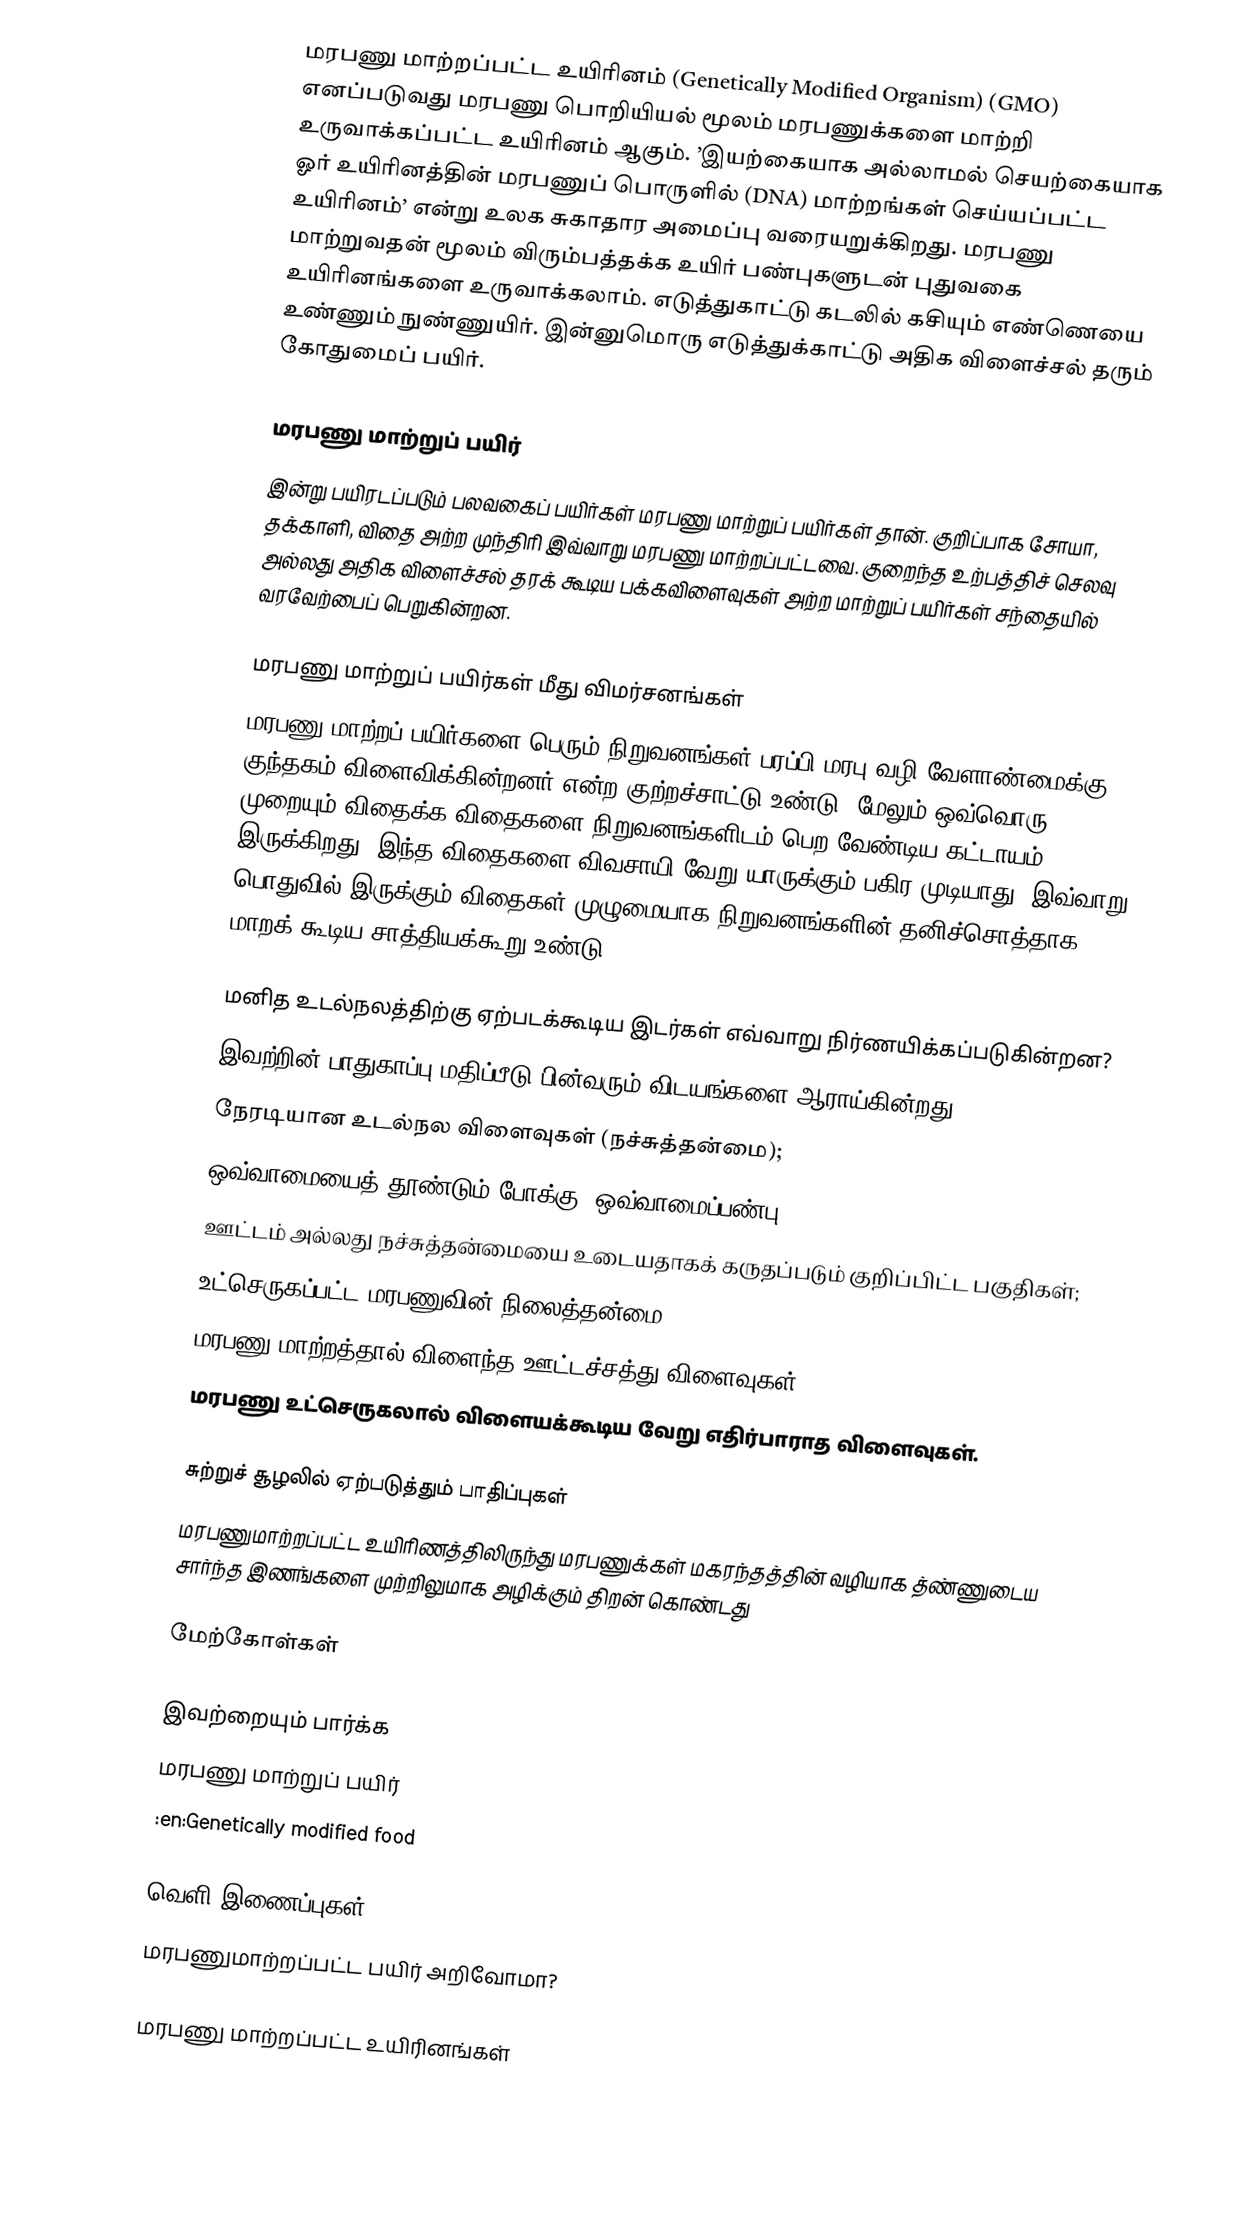
மரபணு மாற்றப்பட்ட உயிரினம் (Genetically Modified Organism) (GMO) எனப்படுவது மரபணு பொறியியல் மூலம் மரபணுக்களை மாற்றி உருவாக்கப்பட்ட உயிரினம் ஆகும். ’இயற்கையாக அல்லாமல் செயற்கையாக ஓர் உயிரினத்தின் மரபணுப் பொருளில் (DNA) மாற்றங்கள் செய்யப்பட்ட உயிரினம்’ என்று உலக சுகாதார அமைப்பு வரையறுக்கிறது. மரபணு மாற்றுவதன் மூலம் விரும்பத்தக்க உயிர் பண்புகளுடன் புதுவகை உயிரினங்களை உருவாக்கலாம். எடுத்துகாட்டு கடலில் கசியும் எண்ணெயை உண்ணும் நுண்ணுயிர். இன்னுமொரு எடுத்துக்காட்டு அதிக விளைச்சல் தரும் கோதுமைப் பயிர்.

மரபணு மாற்றுப் பயிர்
இன்று பயிரடப்படும் பலவகைப் பயிர்கள் மரபணு மாற்றுப் பயிர்கள் தான். குறிப்பாக சோயா, தக்காளி, விதை அற்ற முந்திரி இவ்வாறு மரபணு மாற்றப்பட்டவை. குறைந்த உற்பத்திச் செலவு அல்லது அதிக விளைச்சல் தரக் கூடிய பக்கவிளைவுகள் அற்ற மாற்றுப் பயிர்கள் சந்தையில் வரவேற்பைப் பெறுகின்றன.

மரபணு மாற்றுப் பயிர்கள் மீது விமர்சனங்கள்
மரபணு மாற்றப் பயிர்களை பெரும் நிறுவனங்கள் பரப்பி மரபு வழி வேளாண்மைக்கு குந்தகம் விளைவிக்கின்றனர் என்ற குற்றச்சாட்டு உண்டு. மேலும் ஒவ்வொரு முறையும் விதைக்க விதைகளை நிறுவனங்களிடம் பெற வேண்டிய கட்டாயம் இருக்கிறது. இந்த விதைகளை விவசாயி வேறு யாருக்கும் பகிர முடியாது. இவ்வாறு பொதுவில் இருக்கும் விதைகள் முழுமையாக நிறுவனங்களின் தனிச்சொத்தாக மாறக் கூடிய சாத்தியக்கூறு உண்டு.

மனித உடல்நலத்திற்கு ஏற்படக்கூடிய இடர்கள் எவ்வாறு நிர்ணயிக்கப்படுகின்றன?
இவற்றின் பாதுகாப்பு மதிப்பீடு பின்வரும் விடயங்களை ஆராய்கின்றது:
 நேரடியான உடல்நல விளைவுகள் (நச்சுத்தன்மை);
 ஒவ்வாமையைத் தூண்டும் போக்கு (ஒவ்வாமைப்பண்பு);
 ஊட்டம் அல்லது நச்சுத்தன்மையை உடையதாகக் கருதப்படும் குறிப்பிட்ட பகுதிகள்;
 உட்செருகப்பட்ட மரபணுவின் நிலைத்தன்மை;
 மரபணு மாற்றத்தால் விளைந்த ஊட்டச்சத்து விளைவுகள்;
 மரபணு உட்செருகலால் விளையக்கூடிய வேறு எதிர்பாராத விளைவுகள்.

சுற்றுச் சூழலில் ஏற்படுத்தும் பாதிப்புகள்
 மரபணுமாற்றப்பட்ட உயிரிணத்திலிருந்து மரபணுக்கள் மகரந்தத்தின் வழியாக த்ண்ணுடைய சார்ந்த இணங்களை முற்றிலுமாக அழிக்கும் திறன் கொண்டது

மேற்கோள்கள்

இவற்றையும் பார்க்க
 மரபணு மாற்றுப் பயிர்
 :en:Genetically modified food

வெளி இணைப்புகள்
 மரபணுமாற்றப்பட்ட பயிர் அறிவோமா?

மரபணு மாற்றப்பட்ட உயிரினங்கள்